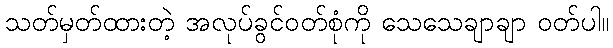
သတ်မှတ်ထားတဲ့ အလုပ်ခွင်ဝတ်စုံကို သေသေချာချာ ဝတ်ပါ။